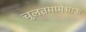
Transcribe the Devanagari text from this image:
चुलतमामेभाऊ